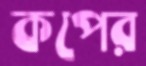
কপের